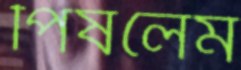
পিষলেম